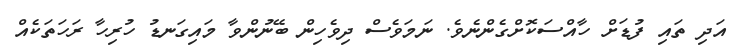
އަދި ތައި ފުޑަށް ހާއްސަކޮށްގެންނެވެ. ނަމަވެސް ދިވެހިން ބޭނުންވާ މައިގަނޑު ހުރިހާ ރަހަތަކެއް